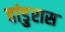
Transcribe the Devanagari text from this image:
हांडुरास